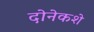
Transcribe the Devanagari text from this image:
दोनेकशे